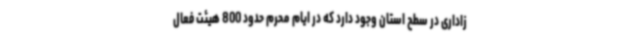
زاداری در سطح استان وجود دارد که در ایام محرم حدود 800 هیئت فعال